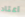
اعتاد